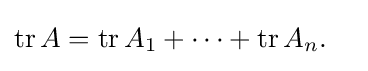
{\begin{aligned}\operatorname {tr} {A}&=\operatorname {tr} {A}_{1}+\cdots +\operatorname {tr} {A}_{n}.\end{aligned}}